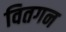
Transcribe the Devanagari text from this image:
वितगन